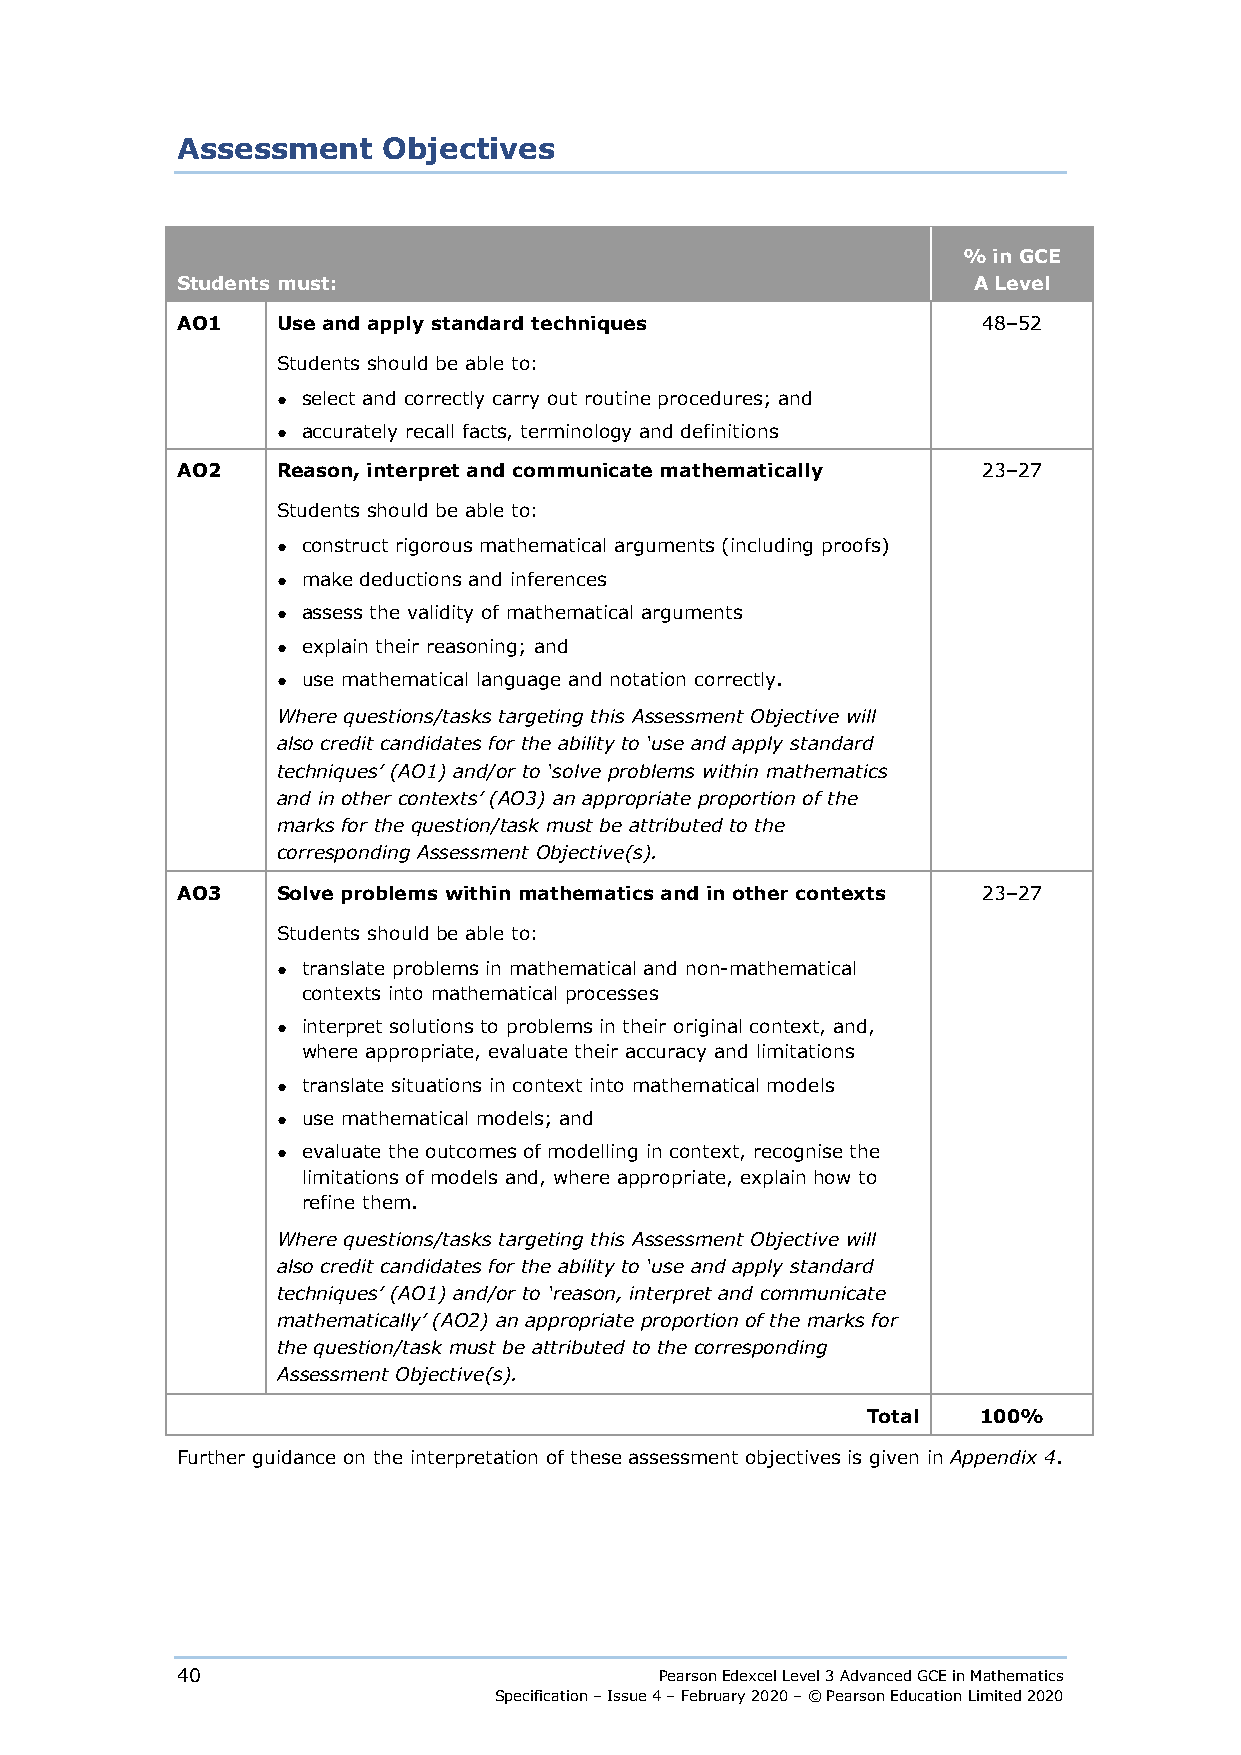
Assessment   Objectives
 % in GCE
 Students must:                                      A Level
 AO1   Use and apply standard techniques              48–52
 Students should be able to:
 ● select and correctly carry out routine procedures; and
 ● accurately recall facts, terminology and definitions
 AO2   Reason, interpret and communicate mathematically 23–27
 Students should be able to:
 ● construct rigorous mathematical arguments (including proofs)
 ● make deductions and inferences
 ● assess the validity of mathematical arguments
 ● explain their reasoning; and
 ● use mathematical language and notation correctly.
 Where questions/tasks targeting this Assessment Objective will
 also credit candidates for the ability to ‘use and apply standard
 techniques’ (AO1) and/or to ‘solve problems within mathematics
 and in other contexts’ (AO3) an appropriate proportion of the
 marks for the question/task must be attributed to the
 corresponding Assessment Objective(s).
 AO3   Solve problems within mathematics and in other contexts 23–27
 Students should be able to:
 ● translate problems in mathematical and non-mathematical
 contexts into mathematical processes
 ● interpret solutions to problems in their original context, and,
 where appropriate, evaluate their accuracy and limitations
 ● translate situations in context into mathematical models
 ● use mathematical models; and
 ● evaluate the outcomes of modelling in context, recognise the
 limitations of models and, where appropriate, explain how to
 refine them.
 Where questions/tasks targeting this Assessment Objective will
 also credit candidates for the ability to ‘use and apply standard
 techniques’ (AO1) and/or to ‘reason, interpret and communicate
 mathematically’ (AO2) an appropriate proportion of the marks for
 the question/task must be attributed to the corresponding
 Assessment Objective(s).
 Total   100%
 Further guidance on the interpretation of these assessment objectives is given in Appendix 4.
 40                              Pearson Edexcel Level 3 Advanced GCE in Mathematics
 Specification – Issue 4 – February 2020 – © Pearson Education Limited 2020